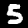
Label: 5